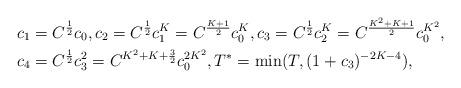
LaTeX: \begin{align*}&c_1=C^{\frac{1}{2}}c_0, c_2=C^{\frac{1}{2}}c^K_1=C^{\frac{K+1}{2}}c^{K}_0,c_3=C^{\frac{1}{2}}c^{K}_2=C^{\frac{K^2+K+1}{2}}c^{K^2}_0,\\& c_4= C^{\frac{1}{2}}c^2_3=C^{K^2+K+\frac{3}{2}}c^{2K^2}_0, T^*=\min(T, (1+c_3)^{-2K-4}),\end{align*}